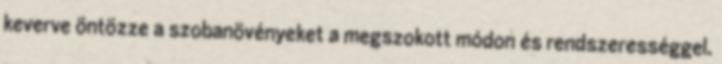
keverve öntözze a szobanövényeket a megszokott módon és rendszerességgel.